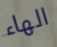
الهاء